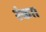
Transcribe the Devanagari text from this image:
रंका।